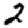
Digit: 2